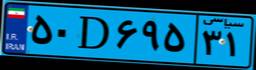
۵۰D۶۹۵۳۱